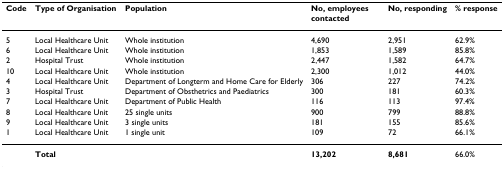
<table><thead><tr><td><b>Code</b></td><td><b>Type of Organisation</b></td><td><b>Population</b></td><td><b>No, employees contacted</b></td><td><b>No, responding</b></td><td><b>% response</b></td></tr></thead><tbody><tr><td>5</td><td>Local Healthcare Unit</td><td>Whole institution</td><td>4,690</td><td>2,951</td><td>62.9%</td></tr><tr><td>6</td><td>Local Healthcare Unit</td><td>Whole institution</td><td>1,853</td><td>1,589</td><td>85.8%</td></tr><tr><td>2</td><td>Hospital Trust</td><td>Whole institution</td><td>2,447</td><td>1,582</td><td>64.7%</td></tr><tr><td>10</td><td>Local Healthcare Unit</td><td>Whole institution</td><td>2,300</td><td>1,012</td><td>44.0%</td></tr><tr><td>4</td><td>Local Healthcare Unit</td><td>Department of Longterm and Home Care for Elderly</td><td>306</td><td>227</td><td>74.2%</td></tr><tr><td>3</td><td>Hospital Trust</td><td>Department of Obsthetrics and Paediatrics</td><td>300</td><td>181</td><td>60.3%</td></tr><tr><td>7</td><td>Local Healthcare Unit</td><td>Department of Public Health</td><td>116</td><td>113</td><td>97.4%</td></tr><tr><td>8</td><td>Local Healthcare Unit</td><td>25 single units</td><td>900</td><td>799</td><td>88.8%</td></tr><tr><td>9</td><td>Local Healthcare Unit</td><td>3 single units</td><td>181</td><td>155</td><td>85.6%</td></tr><tr><td>1</td><td>Local Healthcare Unit</td><td>1 single unit</td><td>109</td><td>72</td><td>66.1%</td></tr><tr><td></td><td colspan="2"><b>Total</b></td><td><b>13,202</b></td><td><b>8,681</b></td><td>66.0%</td></tr></tbody></table>